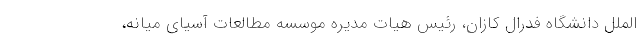
الملل دانشگاه فدرال کازان، رئیس هیات مدیره موسسه مطالعات آسیای میانه،